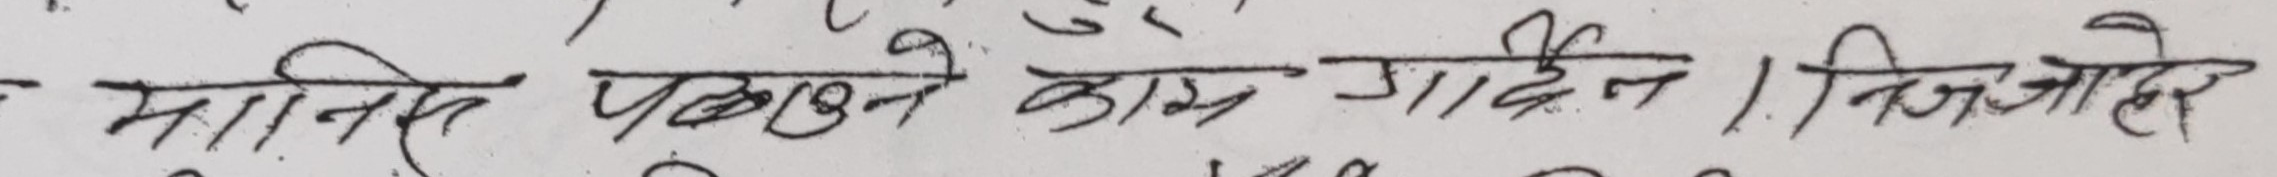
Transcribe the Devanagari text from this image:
ममानेर पठाउने काम गर्दिन । निजलाई हेर